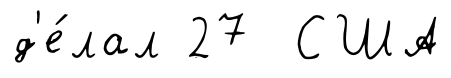
д'е́лал 27 США